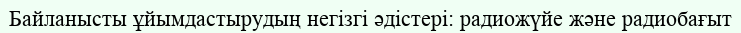
Байланысты ұйымдастырудың негізгі әдістері: радиожүйе және радиобағыт